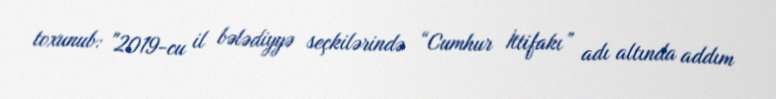
toxunub: "2019-cu il bələdiyyə seçkilərində “Cumhur İttifakı” adı altında addım